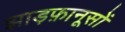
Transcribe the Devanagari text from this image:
झाड़फ़ानूसों